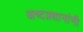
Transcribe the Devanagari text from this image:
अष्टप्रधानांनी